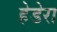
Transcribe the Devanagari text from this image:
हेडेरा